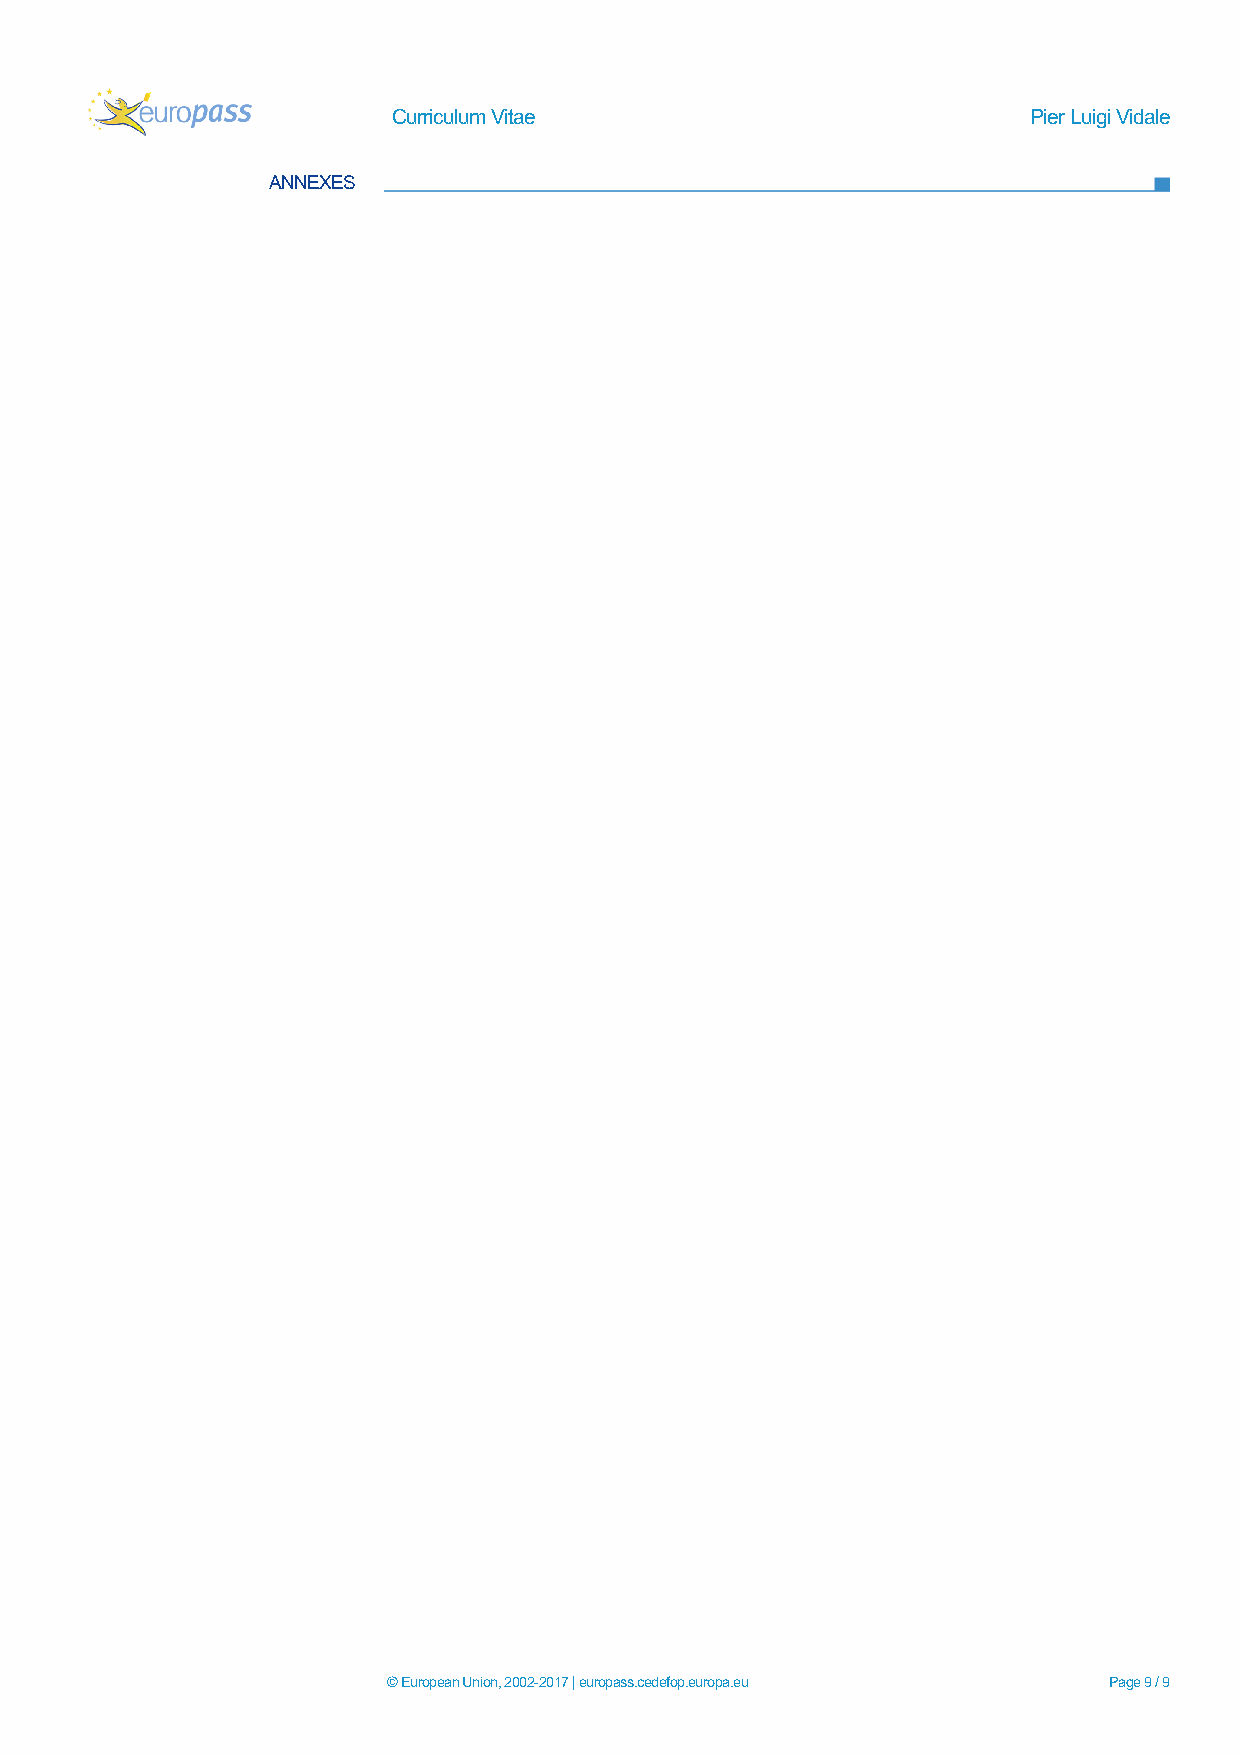
Curriculum Vitae                          Pier Luigi Vidale
 ANNEXES
 © European Union, 2002-2017 | europass.cedefop.europa.eu Page 9 / 9